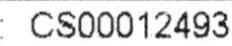
: CS00012493